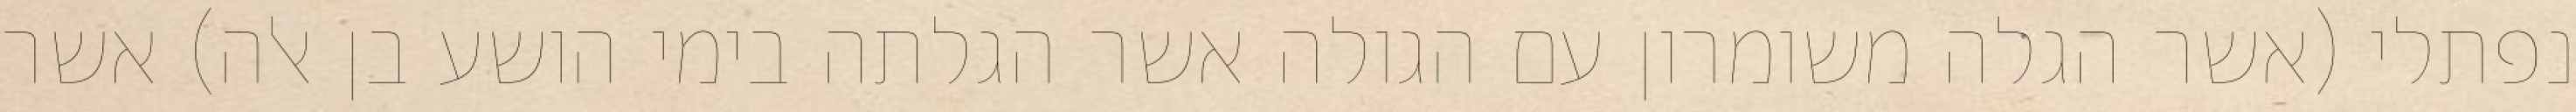
נפתלי (אשר הגלה משומרון עם הגולה אשר הגלתה בימי הושע בן אלה) אשר